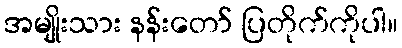
အမျိုးသား နန်းတော် ပြတိုက်ကိုပါ။